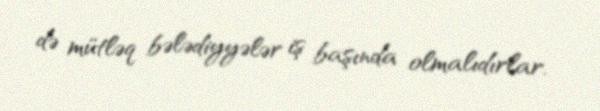
də mütləq bələdiyyələr iş başında olmalıdırlar.